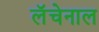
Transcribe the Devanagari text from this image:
लॅचेनाल